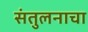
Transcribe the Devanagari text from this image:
संतुलनाचा